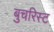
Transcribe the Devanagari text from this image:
बुचरिस्ट